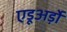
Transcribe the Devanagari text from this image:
एडूअर्ड़ो